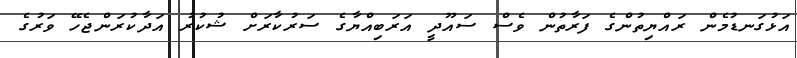
އަޅުގަނޑުމެން ރައްޔިތުންގެ ފަރާތުން ވެސް ސައޫދީ އަރަބިއްޔާގެ ސަރުކާރަށް ޝުކުރު އަދާކުރަންޖެހޭ ވަރުގެ